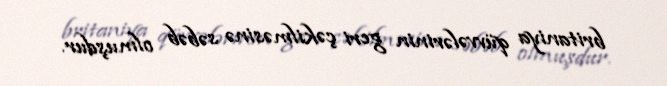
britaniya qüvvələrinin geri çəkilməsinə səbəb olmuşdur.